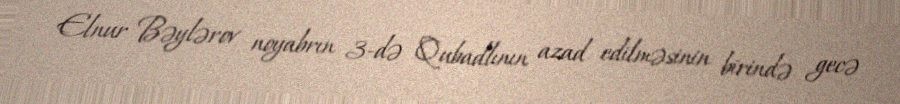
Elnur Bəylərov noyabrın 3-də Qubadlının azad edilməsinin birində gecə